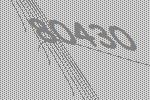
80430